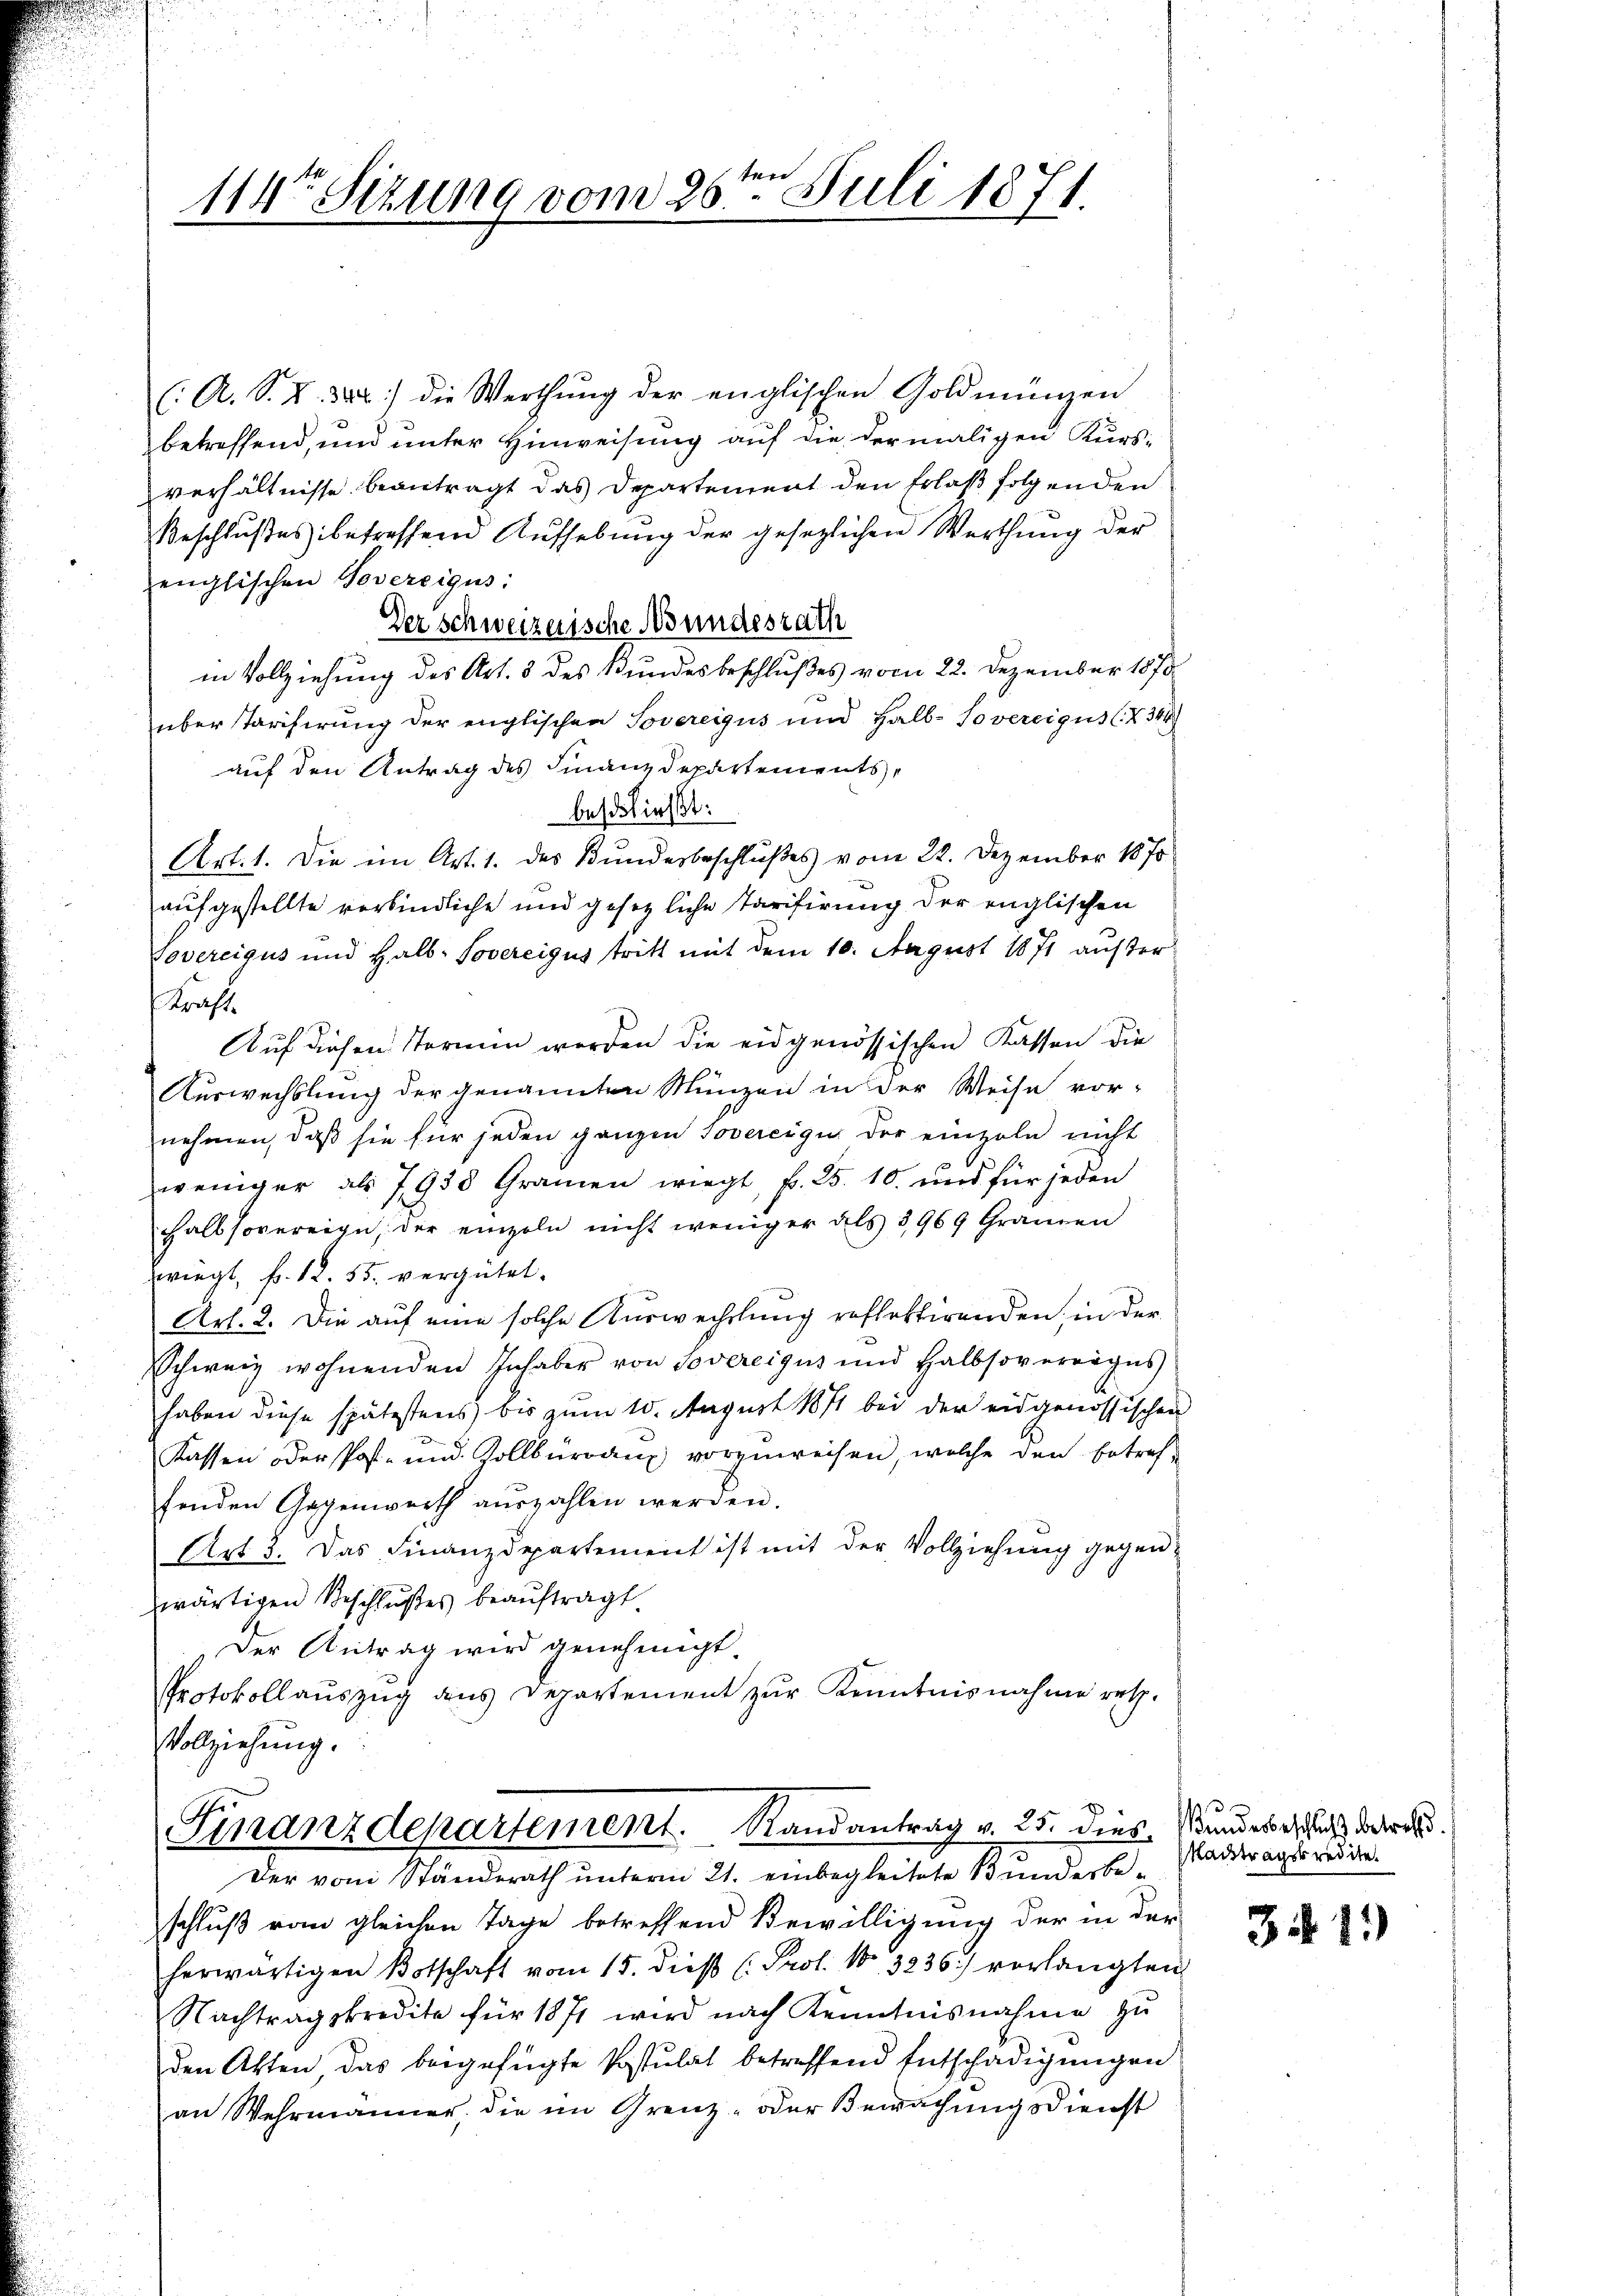
x
114ten Sitzung vom 20. Juli 1871.

( A. S. S. 382 die Werthŭng der englischen Goldmünzen
betreffend, und unter Hinweisung auf die dermaligen Kursverhältnisse beantragt das Departement den Erlaß folgenden
Beschlußes betreffend Aŭfhebŭng der gesezlichen Werthŭng der
englischen Govereigus:
Der schweizerische Bundesrath
in Vollziehung des Art. 3 des Bundesbeschlußes vom 22. Dezember 1870
über Tarifirung der englischen Sovereigus und Halb-Sovereigus (K 344
auf den Antrag des Finanzdepartements,
beschließt:
Art. 1. Die im Art. 1. des Bundesbeschlußes vom 22. Dezember 1870
aufgestellte verbindliche und gesetzliche Tarifirung der englischen
Sovereigus und Halb-Sovereigus tritt mit dem 10. August 1871 ausser-
Krafte
Auf diesen Stormen worden die eidgenössischen Kassen die
Auswechslung der genannten Münzen in der Weise vor-
nehmen, daß sie für jeden ganzen Jovereige der einzeln nicht
weniger als 7930 Gramen wiegt, fr. 25. 10. und für jeden
halbsovereige, der einzeln nicht weniger als 3969 Gramen
wiegt, f. 12. 55. vergütet.
Art. 2. Die auf eine solche Auswechslung reflektirenden, in der
Schweiz wohnenden Inhaber von Severeigus und Halbsoverrages
haben diese spätestens bis zum 10. August 1871 bei der eidgenössischen
Kassen der Post- und Zollbüreau vorzuweisen, welche den betref-
fenden Gegenwerth aŭszahlen werden.
Art 5. Das Finanzdepartement ist mit der Vollziehung gegenzwärtigen Beschlußes beauftragt.
Der Antrag wird genehmigt.
Protokoll auszug aus Departement zur Kenntnisnahme ret¬
Vollziehung.

Finanzdepartement. Randantrag v. 25. dies. Stundes ersuch dara
Der von Ständerath unterm 21. einbegleitete Bunderbe¬

schluß vom gleichen Tage betreffend Bewilligung der in der
herwärtigen Botschaft vom 15. dieß (Prof. No 3236) verlangten
Nachtragskredite für 1871 wird nach Kenntnisnahme zu
den Akten, das beigefügte Postulat betreffend Entschädigungen
an Wehrmanner, die im Grenz- oder Bewachungsdienst

s
Nachtragskredite.

341.